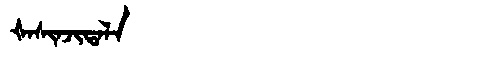
Manchu: ᡧᠠᠰᡳᠨᠵᡳᡨᠠᠯᠠ
Romanization: ŠASINJITALA